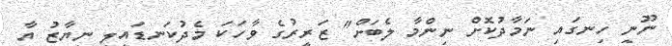
ނޫނީ ހިނގައި ނަމާދުކޮށް ނިންމާ ލެބަށް" ޒަރީރުގެ ވާހަކަ މެދުކަނޑައިލީ ނިޔާޒު އާ